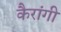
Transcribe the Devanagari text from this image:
कैरांगी